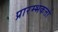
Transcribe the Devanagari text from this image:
प्रारम्भकर्त्ता